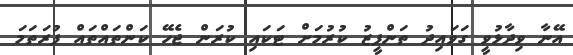
އޭނާ ވިދާޅުވީ ގަވައިދު ތަންފީޒު ކުރުމަށް ޓަކައި ކުރަން ޖެހޭ ކަންތައްތައް ފުރަތަމަ